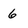
Character: 6